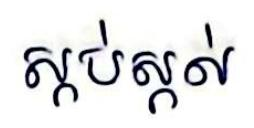
ស្កប់ស្កល់